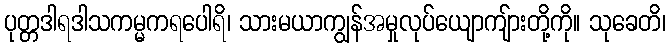
ပုတ္တဒါရဒါသကမ္မကရပေါရိ၊ သားမယာကျွန်အမှုလုပ်ယျောကျ်ားတို့ကို။ သုခေတိ၊